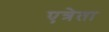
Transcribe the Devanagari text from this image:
एत्रेता